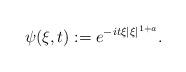
LaTeX: \begin{align*} \psi(\xi,t):=e^{-it\xi|\xi|^{1+a}}.\end{align*}